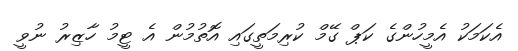
އެކަމަކު އެމީހުންގެ ކަޕް ގޭމް ކުރިމަތީގައި އޮތުމުން އެ ޓީމު ހާޒިރު ނުވީ